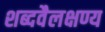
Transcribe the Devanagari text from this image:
शब्दवैलक्षण्य